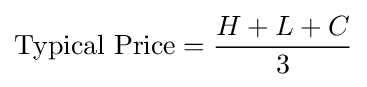
{\text{Typical Price}}={\frac {H+L+C}{3}}